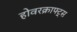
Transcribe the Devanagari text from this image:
होवरक्राफ्ट्स